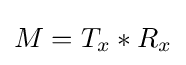
M=T_{x}*R_{x}